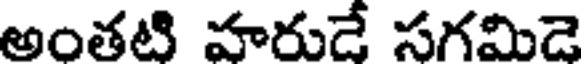
అంతటి హరుడే సగమిడె